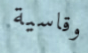
وقاسية